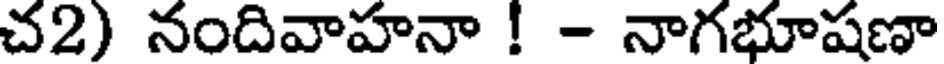
చ2) నందివాహనా ! - నాగభూషణా